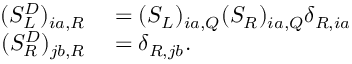
\begin{array} { r l } { ( S _ { L } ^ { D } ) _ { i a , R } } & { { } = ( S _ { L } ) _ { i a , Q } ( S _ { R } ) _ { i a , Q } \delta _ { R , i a } } \\ { ( S _ { R } ^ { D } ) _ { j b , R } } & { { } = \delta _ { R , j b } . } \end{array}